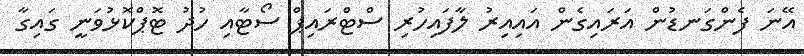
އޭނަ ފެންގަނޑުން އަރައިގެން އައިއިރު ލާފައިހުރި ސްޓްރައިޕް ސޯޓާއި ހުދު ޓޮޕްކޮޅުވަނީ ގައިގާ